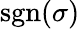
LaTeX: \operatorname{sgn}(\sigma)